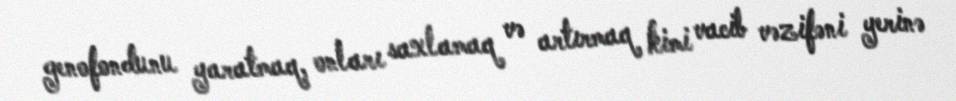
genofondunu yaratmaq, onları saxlamaq və artırmaq kimi vacib vəzifəni yerinə